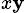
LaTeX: _{x\mathbf{y}}